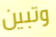
وتبين